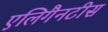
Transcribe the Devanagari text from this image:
एलिगैनटीस